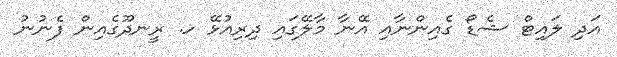
އަދި ލައިޓް ޝެޑޯ ގެއިންނާއި އޭނާ މާލޭގައި ދިރިއުޅޭ ހ. ރީނދޫގެއިން ފެނުނު